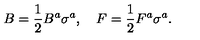
B = \frac { 1 } { 2 } B ^ { a } \sigma ^ { a } , \quad F = \frac { 1 } { 2 } F ^ { a } \sigma ^ { a } .